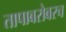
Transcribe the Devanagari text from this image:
तापाबरोबरच